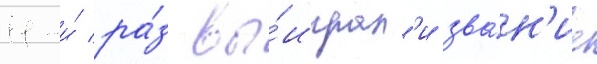
11-и́ ра́з вы́играл'и зва́н'ие